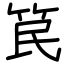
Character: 笢